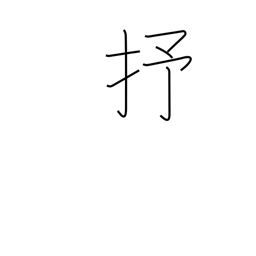
Meaning: 10**24